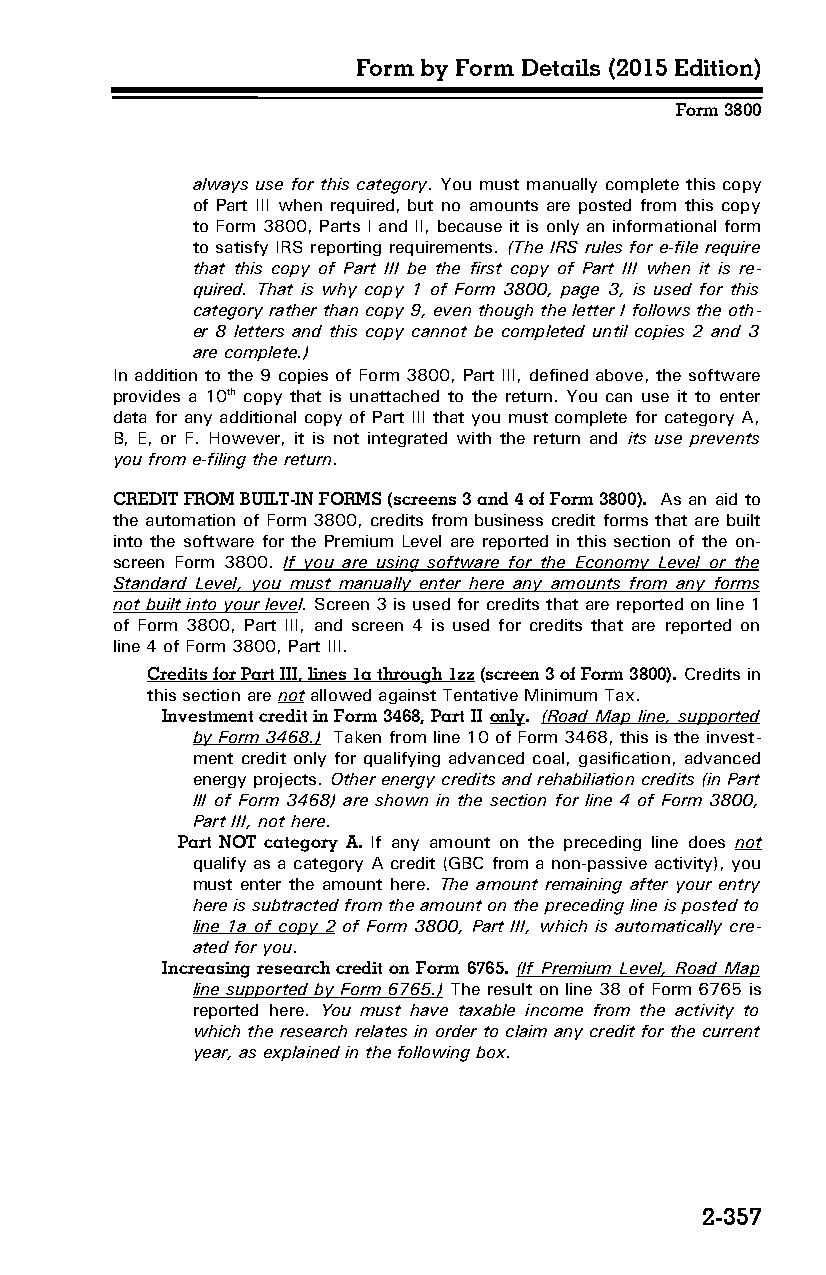
Form by Form Details (2015 Edition)
 Form 3800
 always use for this category. You must manually complete this copy
 of Part III when required, but no amounts are posted from this copy
 to Form 3800, Parts I and II, because it is only an informational form
 to satisfy IRS reporting requirements. (The IRS rules for e-file require
 that this copy of Part III be the first copy of Part III when it is re­
 quired. That is why copy 1 of Form 3800, page 3, is used for this
 category rather than copy 9, even though the letter I follows the oth­
 er 8 letters and this copy cannot be completed until copies 2 and 3
 are complete.)
 In addition to the 9 copies of Form 3800, Part III, defined above, the software
 provides a 10th copy that is unattached to the return. You can use it to enter
 data for any additional copy of Part III that you must complete for category A,
 B, E, or F. However, it is not integrated with the return and its use prevents
 you from e-filing the return.
 CREDIT FROM BUILT-IN FORMS (screens 3 and 4 of Form 3800). As an aid to
 the automation of Form 3800, credits from business credit forms that are built
 into the software for the Premium Level are reported in this section of the on-
 screen Form 3800. If you are using software for the Economy Level or the
 Standard Level, you must manually enter here any amounts from any forms
 not built into your level. Screen 3 is used for credits that are reported on line 1
 of Form 3800, Part III, and screen 4 is used for credits that are reported on
 line 4 of Form 3800, Part III.
 Credits for Part III, lines 1a through 1zz (screen 3 of Form 3800). Credits in
 this section are not allowed against Tentative Minimum Tax.
 Investment credit in Form 3468, Part II only. (Road Map line, supported
 by Form 3468.) Taken from line 10 of Form 3468, this is the invest­
 ment credit only for qualifying advanced coal, gasification, advanced
 energy projects. Other energy credits and rehabiliation credits (in Part
 III of Form 3468) are shown in the section for line 4 of Form 3800,
 Part III, not here.
 Part NOT category A. If any amount on the preceding line does not
 qualify as a category A credit (GBC from a non-passive activity), you
 must enter the amount here. The amount remaining after your entry
 here is subtracted from the amount on the preceding line is posted to
 line 1a of copy 2 of Form 3800, Part III, which is automatically cre­
 ated for you.
 Increasing research credit on Form 6765. (If Premium Level, Road Map
 line supported by Form 6765.) The result on line 38 of Form 6765 is
 reported here. You must have taxable income from the activity to
 which the research relates in order to claim any credit for the current
 year, as explained in the following box.
 2-357